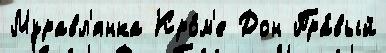
Муравл'янка Кро́м'е Дон Пра́вый